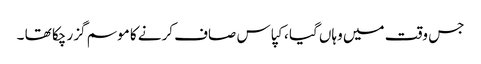
جس وقت میں وہاں گیا ، کپاس صاف کرنے کا موسم گزر چکا تھا ۔